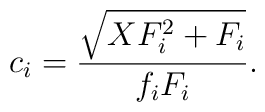
c_i=\frac{\sqrt{XF_i^2+F_i}}{f_iF_i}.